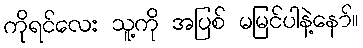
ကိုရင်လေး သူ့ကို အပြစ် မမြင်ပါနဲ့နော်။